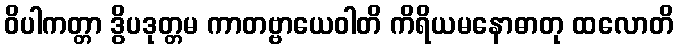
ဝိပါကတ္တာ ဒွိပဒုတ္တမ ကာတဗ္ဗာယေဝါတိ ကိရိယမနောဓာတု ထလောတိ